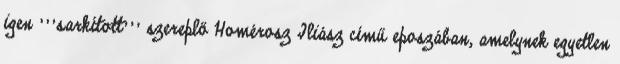
igen '''sarkított''' szereplő Homérosz Iliász című eposzában, amelynek egyetlen